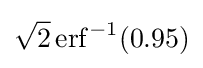
{\sqrt {2}}\operatorname {erf} ^{-1}(0.95)